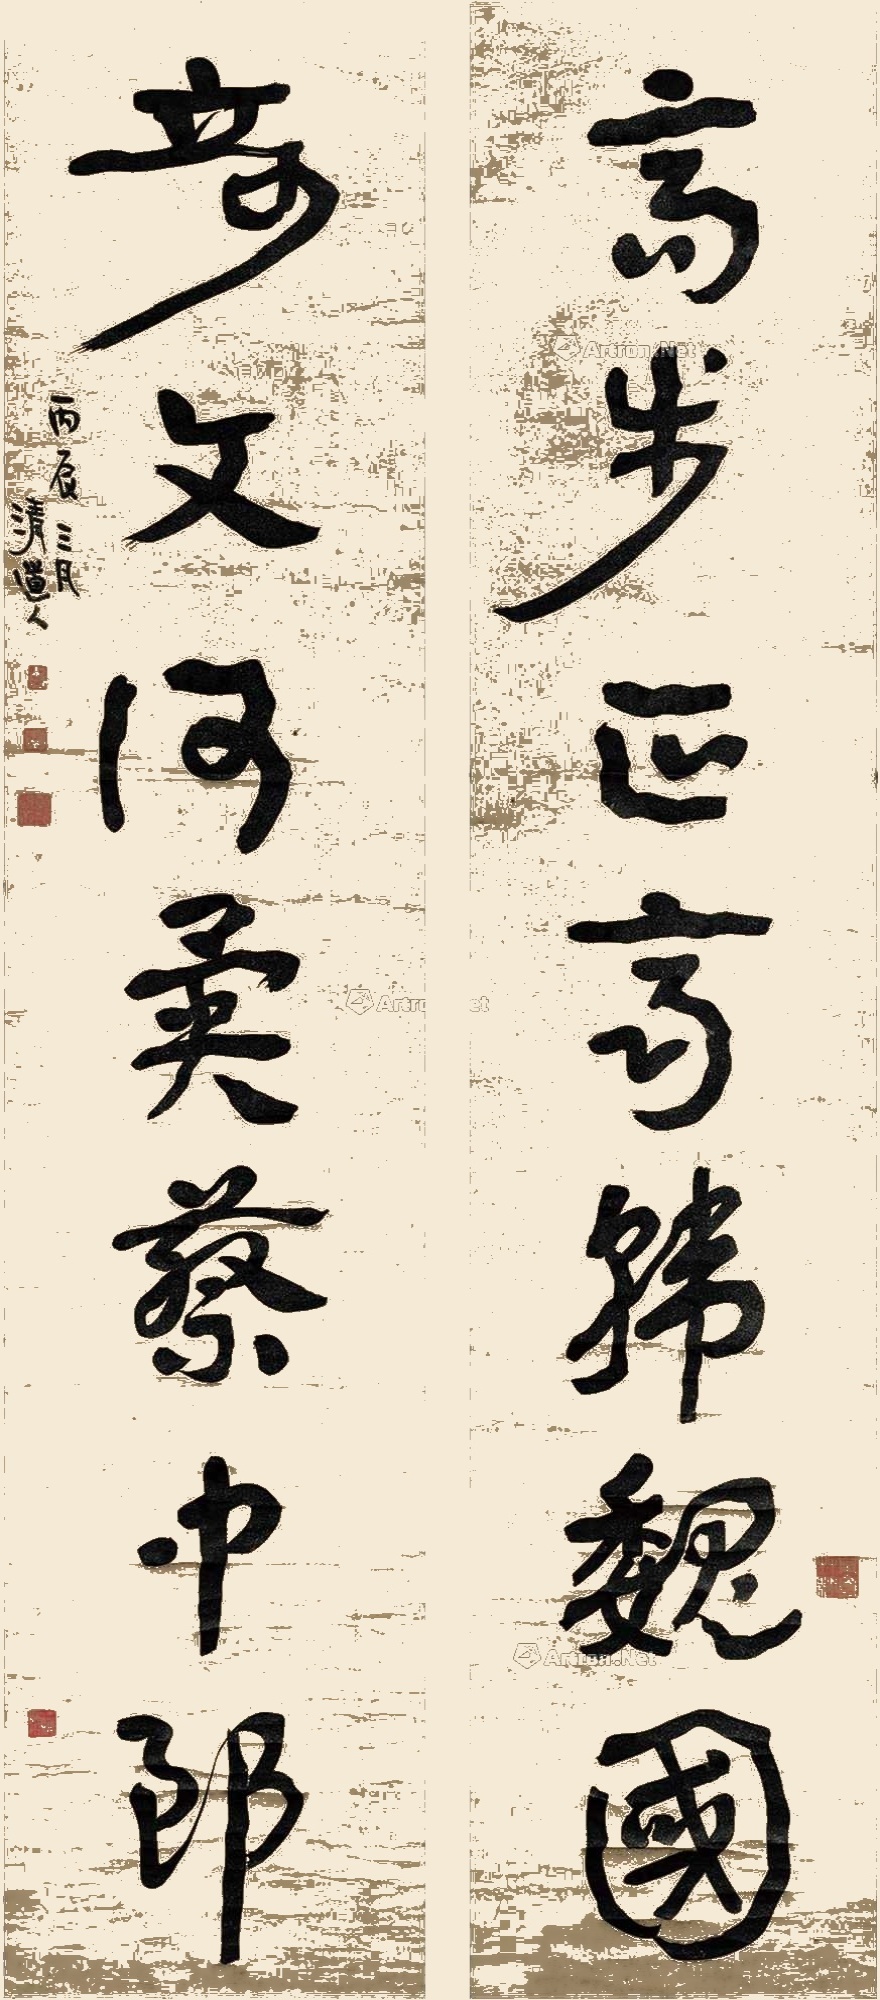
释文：高步正齐韩魏国，奇文何异蔡中郎。丙辰三月，清道人。